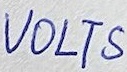
Text: VOLTS